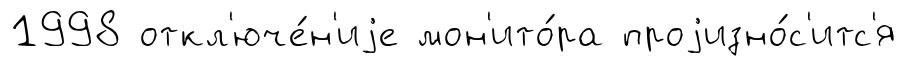
1998 откл'юче́н'иjе мон'ито́ра проjизно́с'итс'я